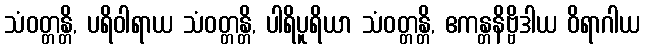
သံဝတ္တန္တိ, ပရိဝါရာယ သံဝတ္တန္တိ, ပါရိပူရိယာ သံဝတ္တန္တိ, ဧကန္တနိဗ္ဗိဒါယ ဝိရာဂါယ